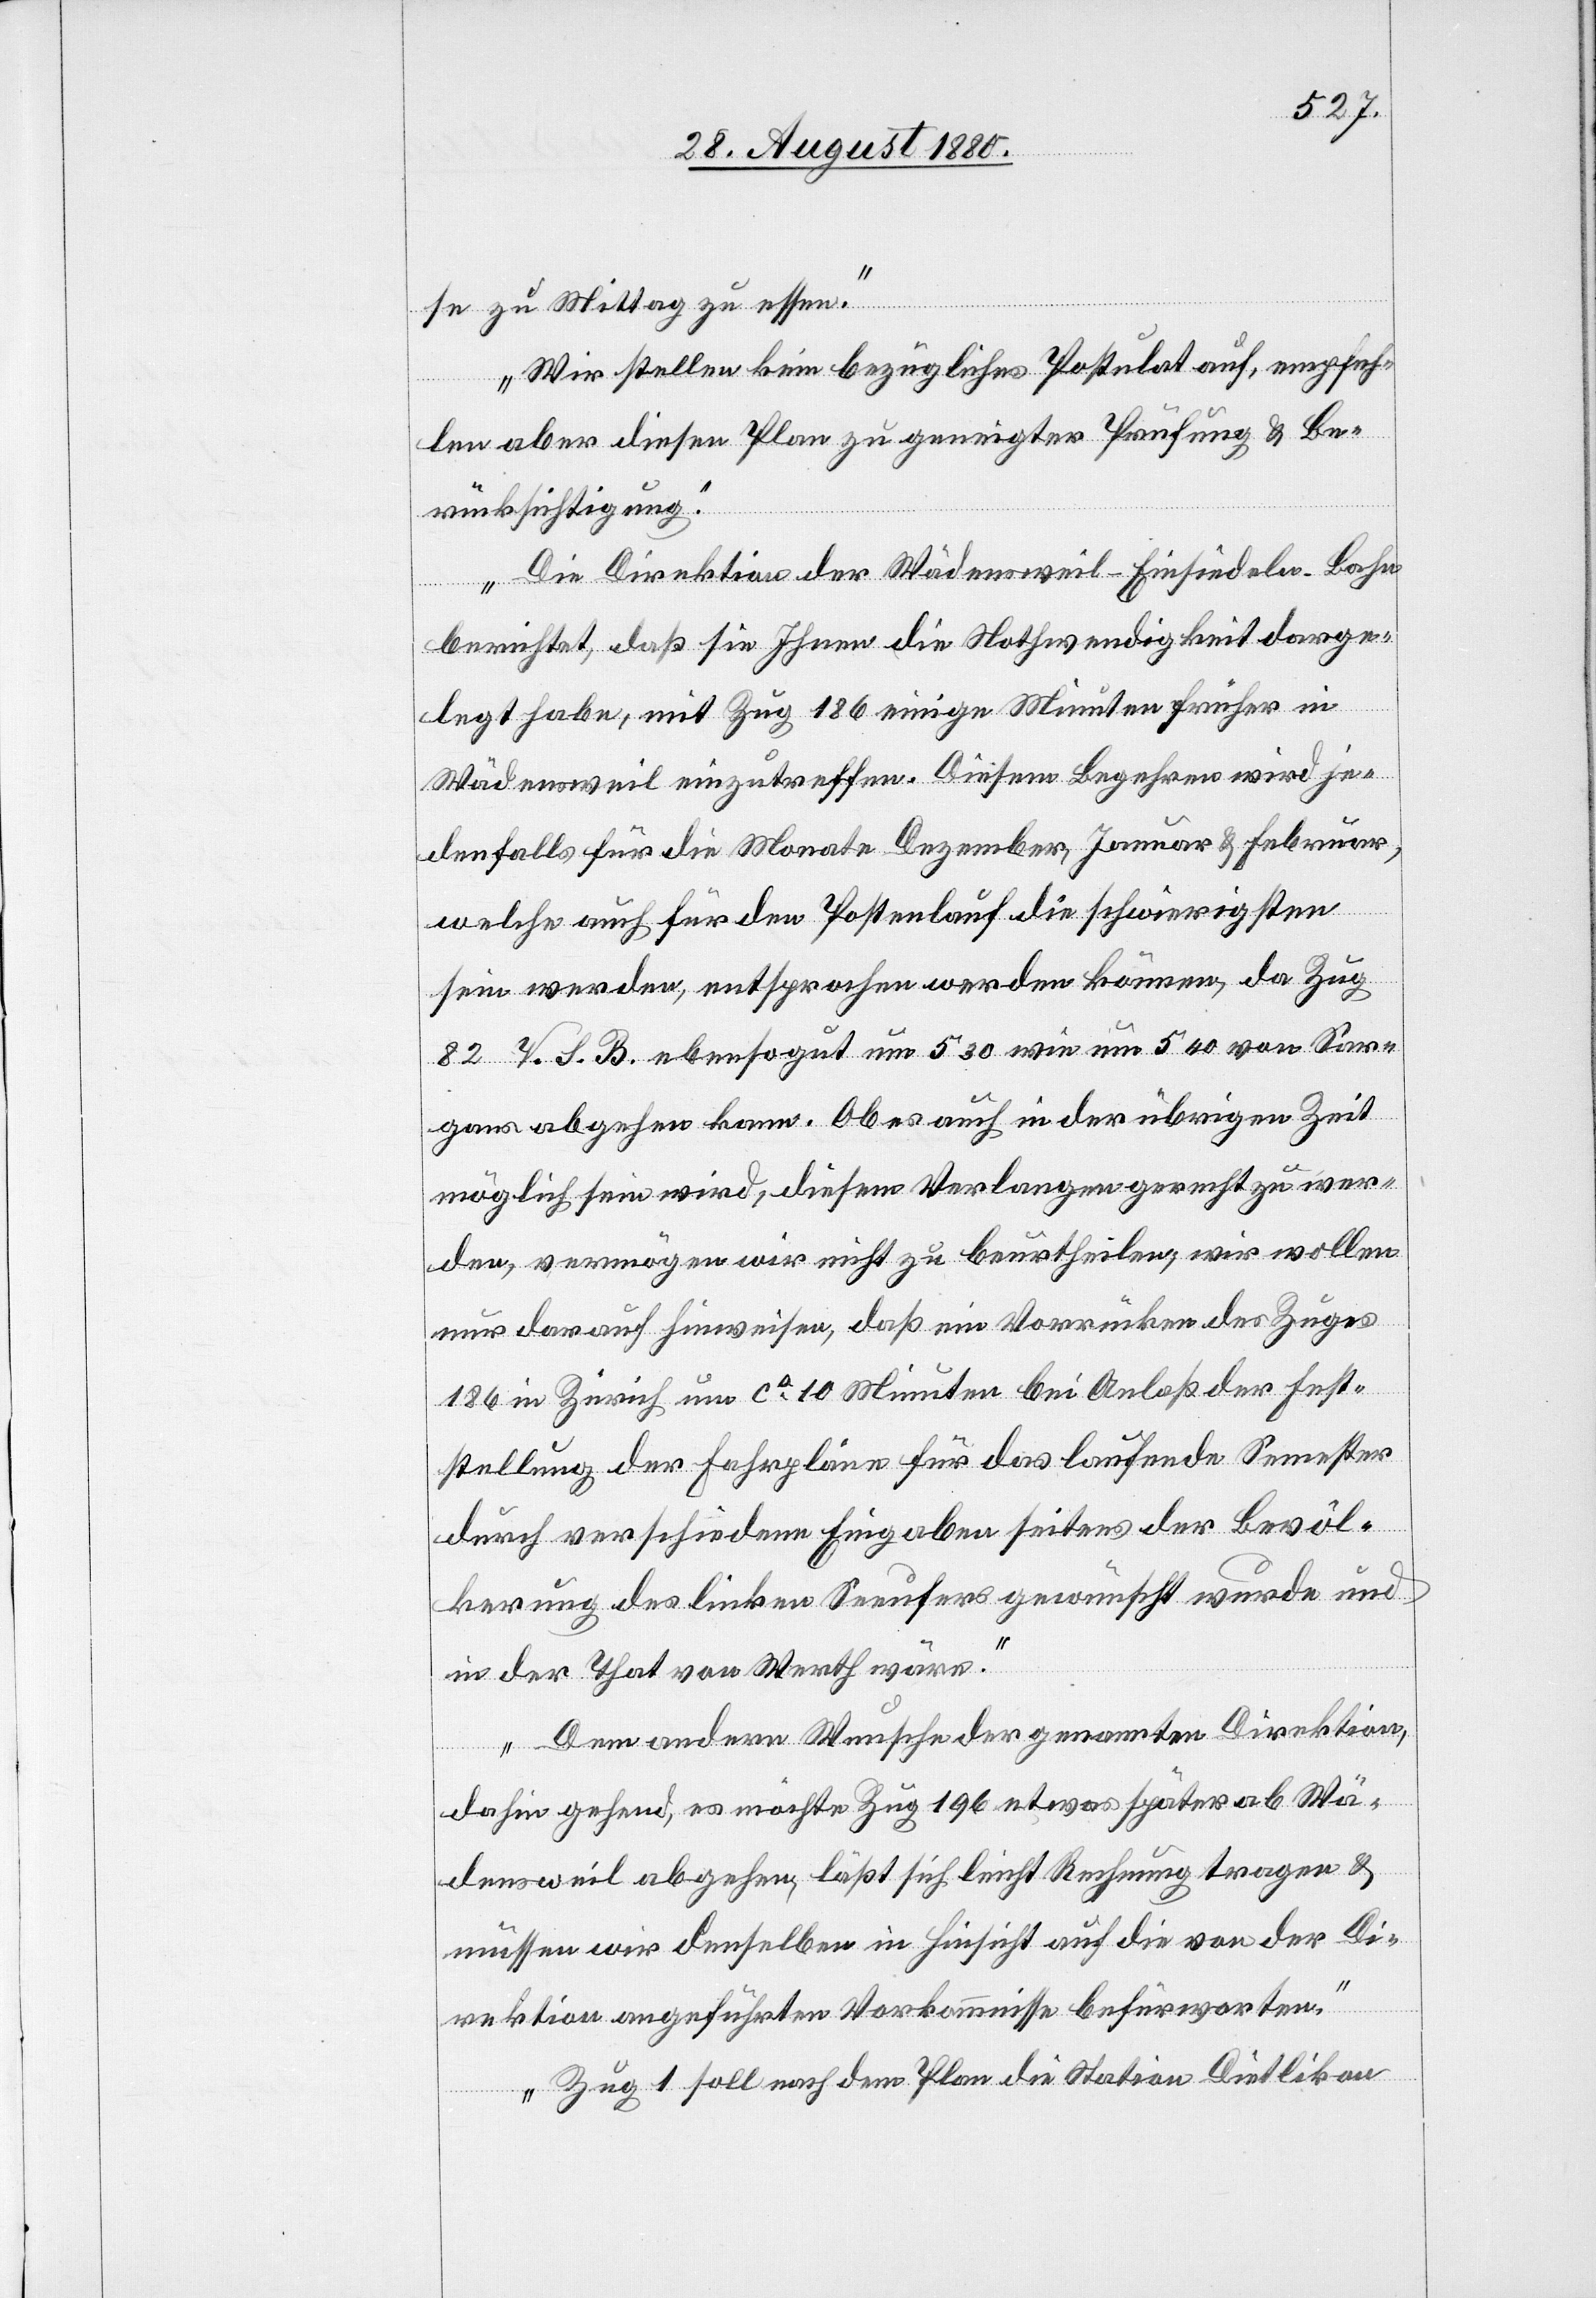
se zu Mittag zu essen.
Wir stellen kein bezügliches Postulat auf, empfeh¬
len aber diesen Plan zu geneigter Prüfung & Be¬
rücksichtigung.
Die Direktion der Wädensweil-Einsiedeln-Bahn
berichtet, daß sie Ihnen die Nothwendigkeit darge¬
legt habe, mit Zug 186 einige Minuten früher in
Wädensweil einzutreffen. Diesem Begehren wird je¬
denfalls für die Monate Dezember, Januar & Februar,
welche auch für den Postenlauf die schwierigsten
sein werden, entsprochen werden können, da Zug
82 V. S. B. ebenso gut um 5 30 wie um 5 40 von Sar¬
gans abgehen kann. Ob es auch in der übrigen Zeit
möglich sein wird, diesem Verlangen gerecht zu wer¬
den, vermögen wir nicht zu beurtheilen, wir wollen
nur darauf hinweisen, daß ein Vorrücken des Zuges
186 in Zürich um ca 10 Minuten bei Anlaß der Fest¬
stellung der Fahrpläne für das laufende Semester
durch verschiedene Eingaben seitens der Bevöl¬
kerung des linken Seeufers gewünscht wurde und
in der That von Werth wäre.
Dem andern Wunsche der genannten Direktion,
dahin gehend, es möchte Zug 196 etwas später ab Wä¬
densweil abgehen, läßt sich leicht Rechnung tragen &
müssen wir denselben in Hinsicht auf die von der Di¬
rektion angeführten Vorkommnisse befürworten.
Zug 1 soll nach dem Plan die Station Dietlikon